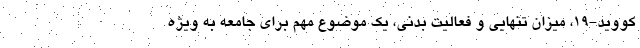
کووید-۱۹، میزان تنهایی و فعالیت بدنی، یک موضوع مهم برای جامعه به ویژه